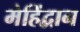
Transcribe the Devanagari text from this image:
मेहिंद्वान